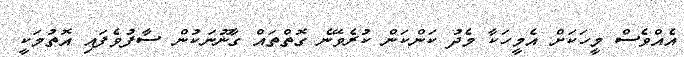
އެއްވެސް މީހަކަށް އެމީހަކާ މެދު ކަންކަން ކުރެވޭނެ ގޮތްތައް ގާނޫނަކުން ސާފުވެފައި އޮތުމަކީ